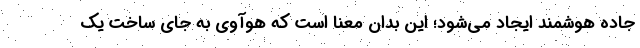
جاده هوشمند ایجاد می‌شود؛ این بدان معنا است که هوآوی به جای ساخت یک